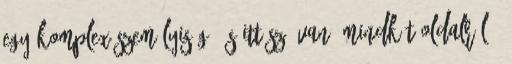
egy komplex személyiség, és itt szó van “mindkét oldalról”,